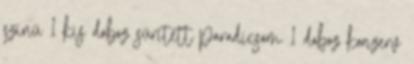
színű 1 kis doboz sűrített paradicsom 1 doboz konzerv